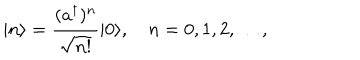
| n \rangle = { \frac { ( a ^ { \dagger } ) ^ { n } } { \sqrt { n ! } } } | 0 \rangle , \quad n = 0 , 1 , 2 , \ldots ,